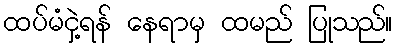
ထပ်မံငှဲ့ရန် နေရာမှ ထမည် ပြုသည်။